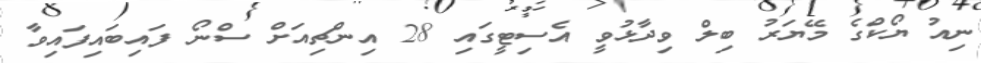
ނިއު ޔޯކްގެ މޭޔަރު ބިލް ވިދާޅުވީ އެސިޓީގައި 28 އިންޗިއަށް ސްނޯ ފައިބައިފައިވާ